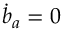
\dot { b } _ { a } = 0